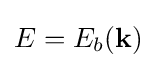
E=E_{b}({\bf {k}})